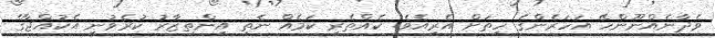
ވެދާނެއްނޫންހޭ އަހަރެންގެ ހިތަށް އެރިއެވެ. ކެއްތެރި ކަމެއް ނެތި އިންތިޒާރު ކުރެވުނީ އެކުއްޖާގެ